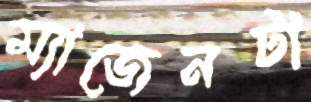
ম্যাজেনটা